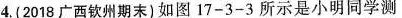
4.（2018广西钦州期末）如图17-3-3所示是小明同学测